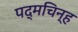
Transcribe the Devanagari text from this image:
पद्मचिन्ह